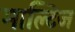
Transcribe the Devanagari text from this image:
माल्टिज